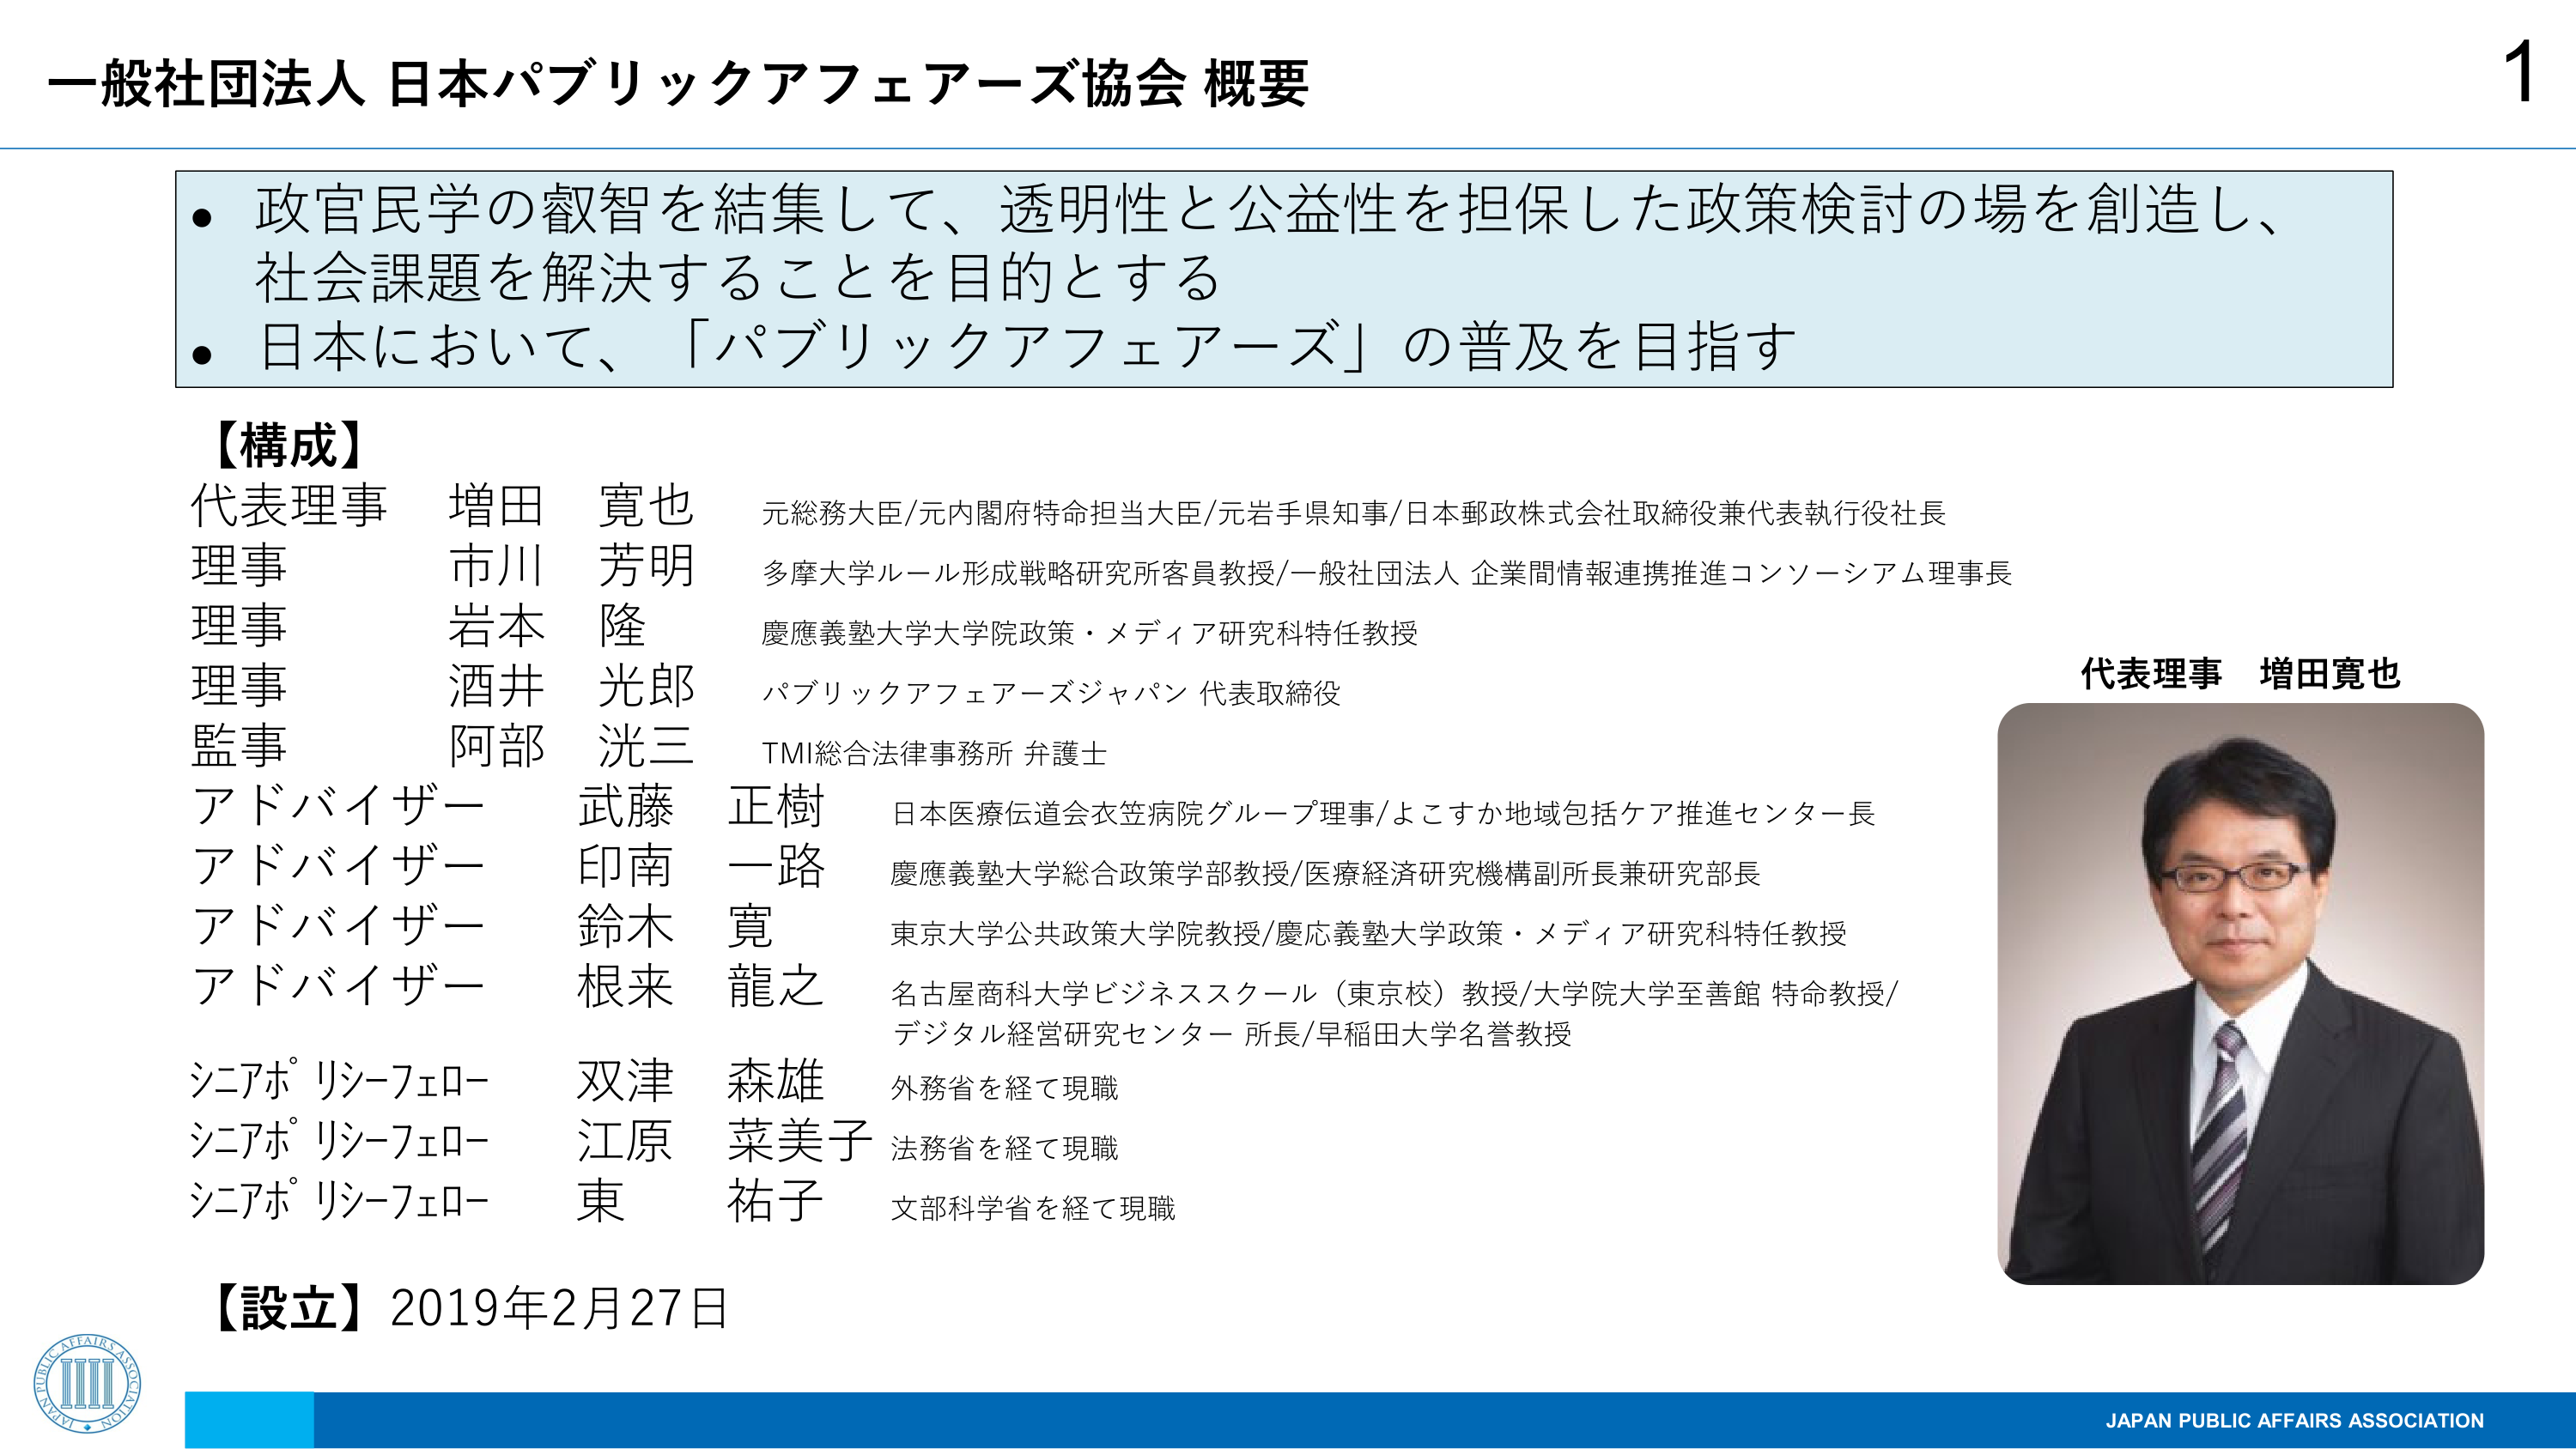
一般社団法人 日本パブリックアフェアーズ協会 概要

● 政官民学の叡智を結集して、透明性と公益性を担保した政策検討の場を創造し、
社会課題を解決することを目的とする
● 日本において、「パブリックアフェアーズ」の普及を目指す

【構成】
代表理事 増田 寛也 元総務大臣/元内閣府特命担当大臣/元岩手県知事/日本郵政株式会社取締役兼代表執行役社長
理事 市川 芳明 多摩大学ルール形成戦略研究所客員教授/一般社団法人 企業間情報連携推進コンソーシアム理事長
理事 岩本 隆 慶應義塾大学大学院政策・メディア研究科特任教授
理事 酒井 光郎 パブリックアフェアーズジャパン 代表取締役
監事 阿部 洸三 TMI総合法律事務所 弁護士
アドバイザー 武藤 正樹 日本医療伝道会衣笠病院グループ理事/よこすか地域包括ケア推進センター長
アドバイザー 印南 一路 慶應義塾大学総合政策学部教授/医療経済研究機構副所長兼研究部長
アドバイザー 鈴木 寛 東京大学公共政策大学院教授/慶応義塾大学政策・メディア研究科特任教授
アドバイザー 根来 龍之 名古屋商科大学ビジネススクール（東京校）教授/大学院大学至善館 特命教授/
デジタル経営研究センター 所長/早稲田大学名誉教授
シニアポリシーフェロー 双津 森雄 外務省を経て現職
シニアポリシーフェロー 江原 菜美子 法務省を経て現職
シニアポリシーフェロー 東 祐子 文部科学省を経て現職

【設立】2019年2月27日

代表理事 増田寛也

JAPAN PUBLIC AFFAIRS ASSOCIATION